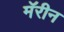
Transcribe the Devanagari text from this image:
मॅरीन